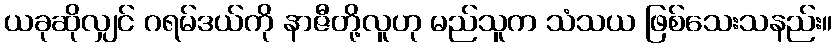
ယခုဆိုလျှင် ဂရမ်ဒယ်ကို နာဇီတို့လူဟု မည်သူက သံသယ ဖြစ်သေးသနည်း။